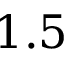
1 . 5